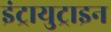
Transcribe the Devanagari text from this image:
इंट्रायुट्राइन